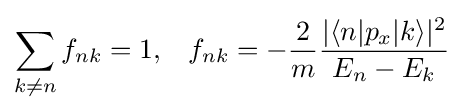
\sum _{k\neq n}f_{nk}=1,\,\,\,\,\,f_{nk}=-{\frac {2}{m}}{\frac {|\langle n|p_{x}|k\rangle |^{2}}{E_{n}-E_{k}}}